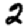
Digit: 2